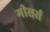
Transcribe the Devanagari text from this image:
गीसर्स